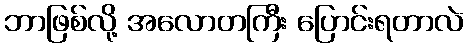
ဘာဖြစ်လို့ အလောတကြီး ပြောင်းရတာလဲ